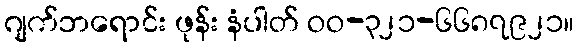
ဂျက်ဘရောင်း ဖုန်း နံပါတ် ဝဝ-၃၂၁-၆၆၈၇၉၂၁။